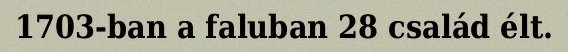
1703-ban a faluban 28 család élt.